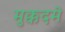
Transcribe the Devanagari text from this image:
मुक्कदमे